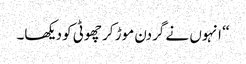
‘‘ انہوں نے گردن موڑ کر چھوٹی کو دیکھا۔